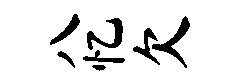
八忆欠